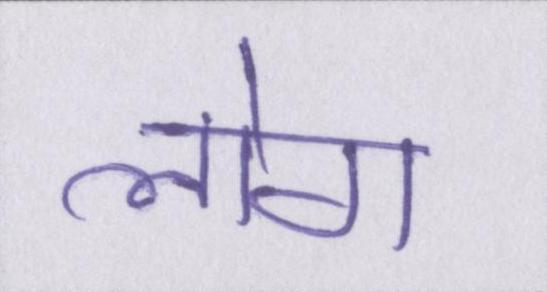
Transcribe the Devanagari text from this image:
लोग